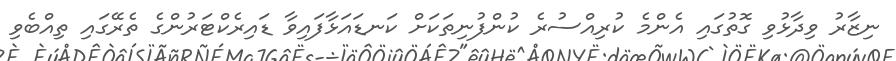
ނިޒާރު ވިދާޅުވި ގޮތުގައި އެންމެ ކުރިއްސުރެ ކުންފުނިތަކަށް ކަނޑައަޅާފައިވާ ޑައިރެކްޓަރުންގެ ތެރޭގައި ތިއްބެވި